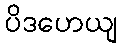
ပိဒဟေယျ